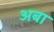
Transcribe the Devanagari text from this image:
अबा